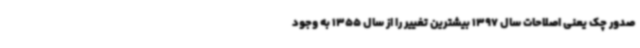
صدور چک یعنی اصلاحات سال 1397 بیشترین تغییر را از سال 1355 به وجود